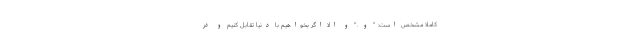
کاملاً مشخص است: " و ." و الا اگر بخواهیم با دنیا تقابل کنیم و در